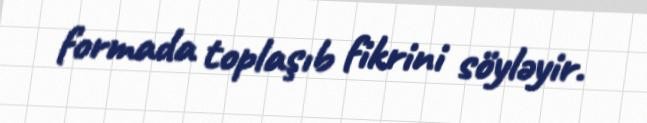
formada toplaşıb fikrini söyləyir.